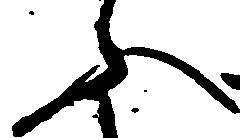
ふ